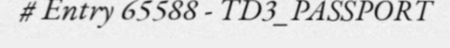
# Entry 65588 - TD3_PASSPORT